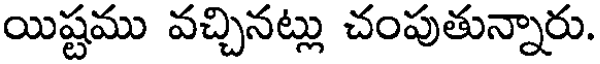
యిష్టము వచ్చినట్లు చంపుతున్నారు.